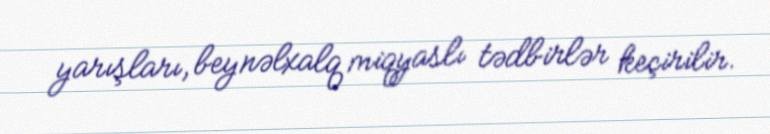
yarışları, beynəlxalq miqyaslı tədbirlər keçirilir.